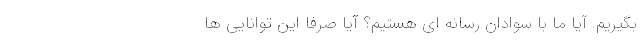
بگیریم. آیا ما با سوادان رسانه ای هستیم؟ آیا صرفاً این توانایی ها